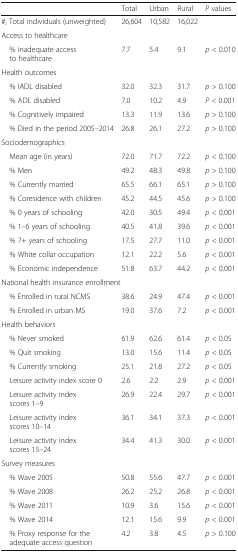
<table><thead><tr><td></td><td><b>Total</b></td><td><b>Urban</b></td><td><b>Rural</b></td><td><b><i>P</i> values</b></td></tr></thead><tbody><tr><td>#, Total individuals (unweighted)</td><td>26,604</td><td>10,582</td><td>16,022</td><td></td></tr><tr><td colspan="5">Access to healthcare</td></tr><tr><td> % inadequate access to healthcare</td><td>7.7</td><td>5.4</td><td>9.1</td><td><i>p</i> &lt; 0.010</td></tr><tr><td colspan="5">Health outcomes</td></tr><tr><td> % IADL disabled</td><td>32.0</td><td>32.3</td><td>31.7</td><td><i>p</i> &gt; 0.100</td></tr><tr><td> % ADL disabled</td><td>7.0</td><td>10.2</td><td>4.9</td><td><i>P</i> &lt; 0.001</td></tr><tr><td> % Cognitively impaired</td><td>13.3</td><td>11.9</td><td>13.6</td><td><i>p</i> &gt; 0.100</td></tr><tr><td> % Died in the period 2005–2014</td><td>26.8</td><td>26.1</td><td>27.2</td><td><i>p</i> &gt; 0.100</td></tr><tr><td colspan="5">Sociodemographics</td></tr><tr><td> Mean age (in years)</td><td>72.0</td><td>71.7</td><td>72.2</td><td><i>p</i> &lt; 0.100</td></tr><tr><td> % Men</td><td>49.2</td><td>48.3</td><td>49.8</td><td><i>p</i> &gt; 0.100</td></tr><tr><td> % Currently married</td><td>65.5</td><td>66.1</td><td>65.1</td><td><i>p</i> &gt; 0.100</td></tr><tr><td> % Coresidence with children</td><td>45.2</td><td>44.5</td><td>45.6</td><td><i>p</i> &gt; 0.100</td></tr><tr><td> % 0 years of schooling</td><td>42.0</td><td>30.5</td><td>49.4</td><td><i>p</i> &lt; 0.001</td></tr><tr><td> % 1–6 years of schooling</td><td>40.5</td><td>41.8</td><td>39.6</td><td><i>p</i> &lt; 0.001</td></tr><tr><td> % 7+ years of schooling</td><td>17.5</td><td>27.7</td><td>11.0</td><td><i>p</i> &lt; 0.001</td></tr><tr><td> % White collar occupation</td><td>12.1</td><td>22.2</td><td>5.6</td><td><i>p</i> &lt; 0.001</td></tr><tr><td> % Economic independence</td><td>51.8</td><td>63.7</td><td>44.2</td><td><i>p</i> &lt; 0.001</td></tr><tr><td colspan="5">National health insurance enrollment</td></tr><tr><td> % Enrolled in rural NCMS</td><td>38.6</td><td>24.9</td><td>47.4</td><td><i>p</i> &lt; 0.001</td></tr><tr><td> % Enrolled in urban MS</td><td>19.0</td><td>37.6</td><td>7.2</td><td><i>p</i> &lt; 0.001</td></tr><tr><td colspan="5">Health behaviors</td></tr><tr><td> % Never smoked</td><td>61.9</td><td>62.6</td><td>61.4</td><td><i>p</i> &lt; 0.05</td></tr><tr><td> % Quit smoking</td><td>13.0</td><td>15.6</td><td>11.4</td><td><i>p</i> &lt; 0.05</td></tr><tr><td> % Currently smoking</td><td>25.1</td><td>21.8</td><td>27.2</td><td><i>p</i> &lt; 0.05</td></tr><tr><td> Leisure activity index score 0</td><td>2.6</td><td>2.2</td><td>2.9</td><td><i>p</i> &lt; 0.001</td></tr><tr><td> Leisure activity index scores 1–9</td><td>26.9</td><td>22.4</td><td>29.7</td><td><i>p</i> &lt; 0.001</td></tr><tr><td> Leisure activity index scores 10–14</td><td>36.1</td><td>34.1</td><td>37.3</td><td><i>p</i> &lt; 0.001</td></tr><tr><td> Leisure activity index scores 15–24</td><td>34.4</td><td>41.3</td><td>30.0</td><td><i>p</i> &lt; 0.001</td></tr><tr><td colspan="5">Survey measures</td></tr><tr><td> % Wave 2005</td><td>50.8</td><td>55.6</td><td>47.7</td><td><i>p</i> &lt; 0.001</td></tr><tr><td> % Wave 2008</td><td>26.2</td><td>25.2</td><td>26.8</td><td><i>p</i> &lt; 0.001</td></tr><tr><td> % Wave 2011</td><td>10.9</td><td>3.6</td><td>15.6</td><td><i>p</i> &lt; 0.001</td></tr><tr><td> % Wave 2014</td><td>12.1</td><td>15.6</td><td>9.9</td><td><i>p</i> &lt; 0.001</td></tr><tr><td> % Proxy response for the adequate access question</td><td>4.2</td><td>3.8</td><td>4.5</td><td><i>p</i> &gt; 0.100</td></tr></tbody></table>